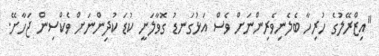
"އިޒްރޭލުގެ ހުރިހާ ބެލެނިވެރިންނަށް ވެސް އަޅުގަނޑު ގޮވާލަނީ ކުޑަ ކުދިންނަށް ވެކްސިން ޖަހާށޭ.